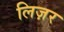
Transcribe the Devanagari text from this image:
लिज़र